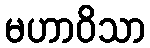
မဟာဝိသာ